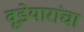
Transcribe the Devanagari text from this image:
वूडेयारांचा